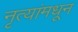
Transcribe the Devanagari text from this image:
नृत्यांमधून